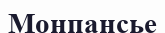
Монпансье